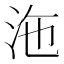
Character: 沲